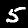
Label: 5